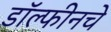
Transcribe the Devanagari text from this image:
डॉल्फीनचे